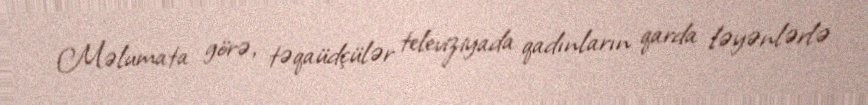
Məlumata görə, təqaüdçülər televiziyada qadınların qarda ləyənlərlə